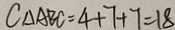
C _ { \Delta A B C } = 4 + 7 + 7 = 1 8